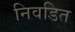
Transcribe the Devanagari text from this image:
निवडित